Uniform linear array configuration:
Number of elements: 64
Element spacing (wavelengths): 0.25
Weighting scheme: kaiser
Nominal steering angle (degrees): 60
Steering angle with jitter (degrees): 60.635
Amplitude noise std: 0.05
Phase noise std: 0.05

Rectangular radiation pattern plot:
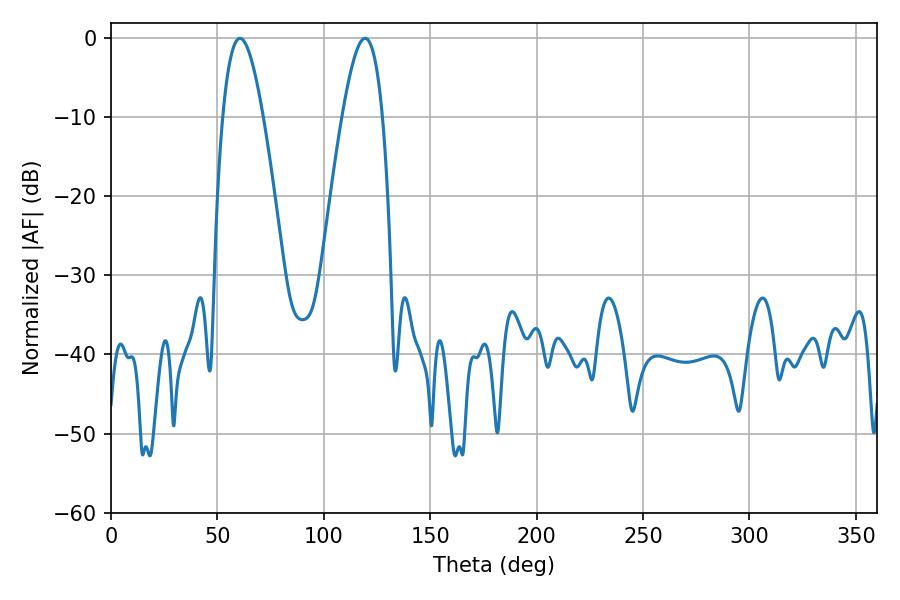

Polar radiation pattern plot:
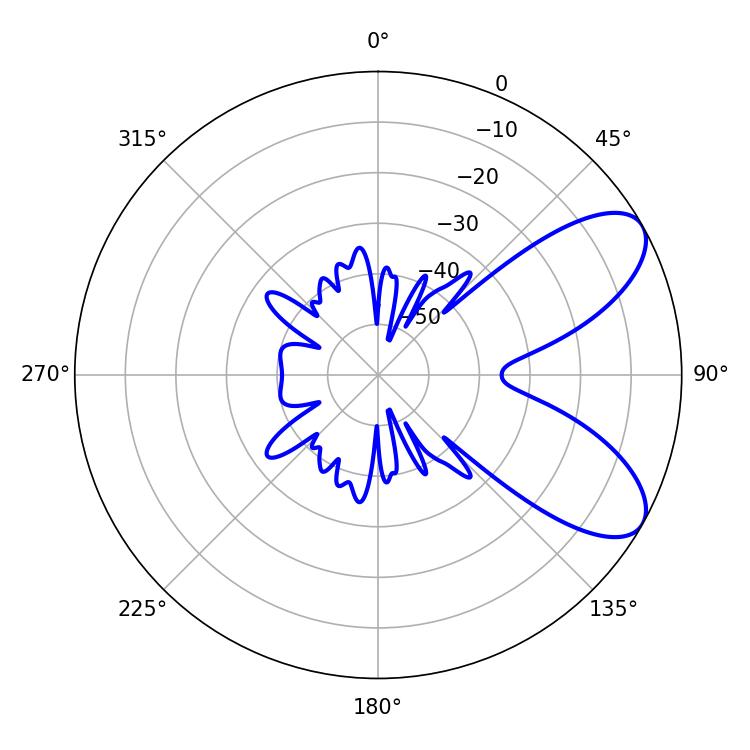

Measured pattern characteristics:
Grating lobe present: FALSE
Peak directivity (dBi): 7.678
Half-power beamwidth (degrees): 10.44
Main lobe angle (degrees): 60.66